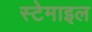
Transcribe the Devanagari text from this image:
स्टेमाइल